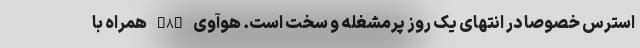
استرس خصوصا در انتهای یک روز پرمشغله و سخت است. هوآوی Y8p همراه با